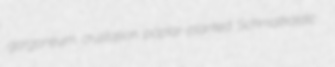
gorgoneum crustation poplar-planted Schmalkaldic